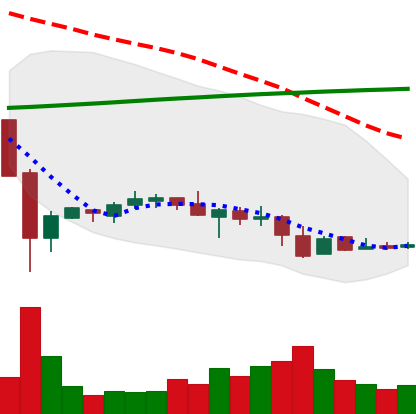
Ticker: LTC-USD
Chart end date: 2016-08-20
Forward return: 5.159%
Label: up_5_7